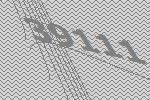
39111